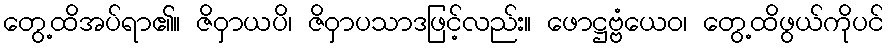
တွေ့ထိအပ်ရာ၏။ ဇိဝှာယပိ၊ ဇိဝှာပသာဒဖြင့်လည်း။ ဖောဋ္ဌဗ္ဗံယေဝ၊ တွေ့ထိဖွယ်ကိုပင်